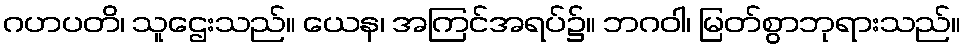
ဂဟပတိ၊ သူဌေးသည်။ ယေန၊ အကြင်အရပ်၌။ ဘဂဝါ၊ မြတ်စွာဘုရားသည်။